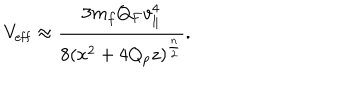
V _ { \mathrm { e f f } } \approx { \frac { 3 m _ { f } Q _ { F } v _ { \parallel } ^ { 4 } } { 8 ( x ^ { 2 } + 4 Q _ { p } z ) ^ { \frac { n } { 2 } } } } .